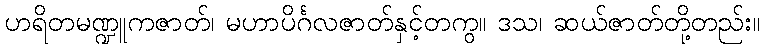
ဟရိတမဏ္ဍူကဇာတ်၊ မဟာပိင်္ဂလဇာတ်နှင့်တကွ။ ဒသ၊ ဆယ်ဇာတ်တို့တည်း။